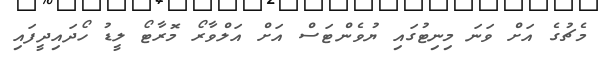
މެޗުގެ އަށް ވަނަ މިނިޓުގައި ޔުވެންޓަސް އަށް އަލްވާރޯ މޮރާޓޯ ލީޑު ހޯދައިދީފައި